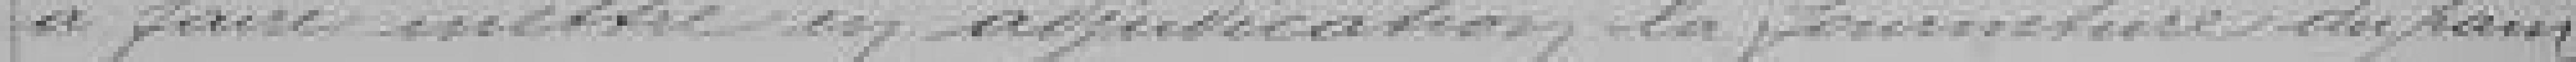
à faire mettre en adjudication la fourniture du pain